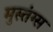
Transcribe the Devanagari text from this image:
मुस्तंग्स